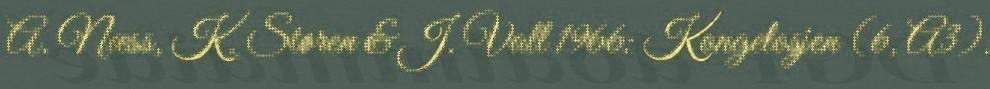
A. Næss, K. Støren & J. Vall 1966: Kongelosjen (6, A3):